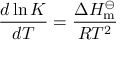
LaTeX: { \frac { d \ln K } { d T } } = { \frac { \Delta H _ { \mathrm { m } } ^ { \ominus } } { R T ^ { 2 } } }